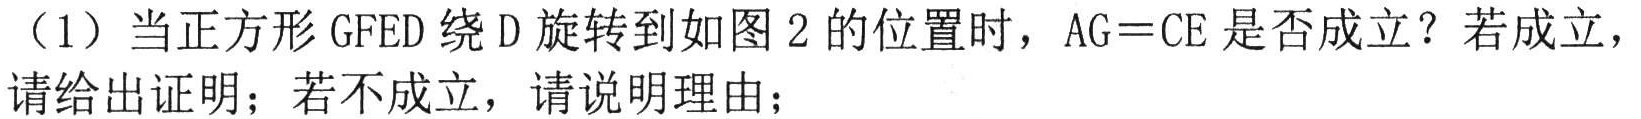
（1）当正方形\(GFED\)绕\(D\)旋转到如图\(2\)的位置时，\(AG = CE\)是否成立？若成立，请给出证明；若不成立，请说明理由；